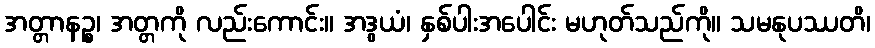
အတ္တာနဉ္စ၊ အတ္တကို လည်းကောင်း။ အဒွယံ၊ နှစ်ပါးအပေါင်း မဟုတ်သည်ကို။ သမနုပဿတိ၊